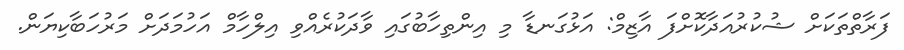
ފަރާތްތަކަށް ޝުކުރުއަދާކޮށްފަ އާޒިމް: އަޅުގަނޑާ މި އިންތިހާބުގައި ވާދަކުރެއްވި އިލްހާމް އަހުމަދަށް މަރުހަބާކިޔަން.